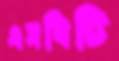
এসবিটি